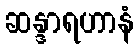
ဆန္ဒာရဟာနံ